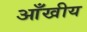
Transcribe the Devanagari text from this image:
आँखीय